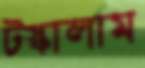
টস্‌কালাম